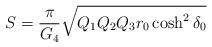
LaTeX: \begin{align*}S = {\pi\over G_4}\sqrt{ Q_1 Q_2 Q_3 r_0 \cosh^2 \delta_0}\end{align*}